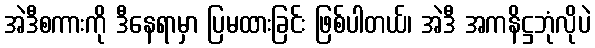
အဲဒီစကားကို ဒီနေရာမှာ ပြမထားခြင်း ဖြစ်ပါတယ်၊ အဲဒီ အကနိဋ္ဌဘုံလိုပဲ